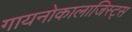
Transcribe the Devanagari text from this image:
गायनोकालाजिस्ट्स